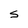
Character: S